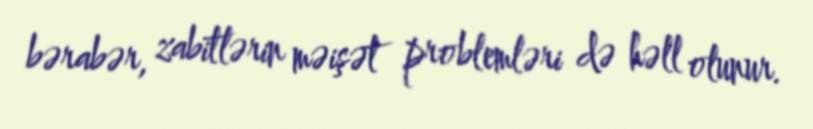
bərabər, zabitlərin məişət problemləri də həll olunur.